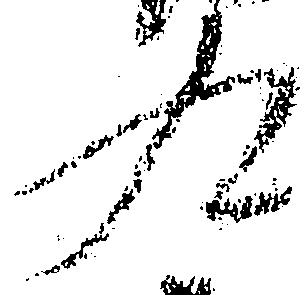
九